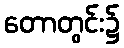
တောတွင်း၌